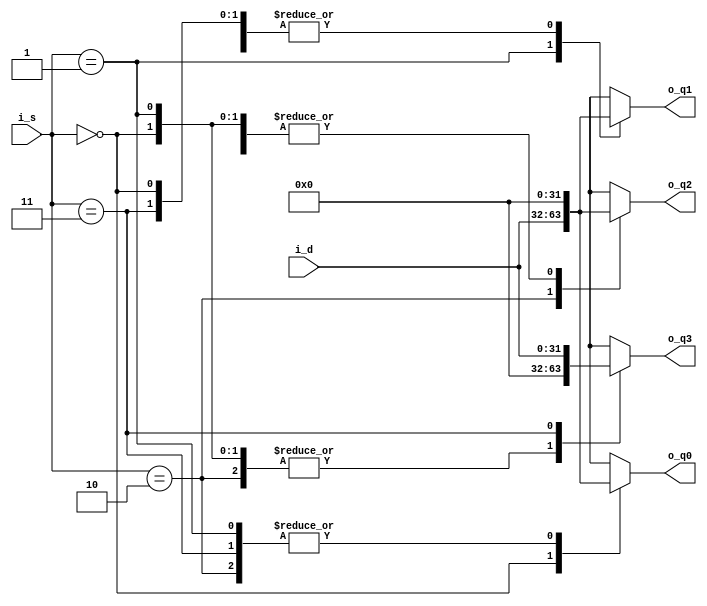

module demux1to4 #(parameter WIDTH = 32)
                 (output reg [WIDTH-1:0] o_q0, o_q1, o_q2, o_q3,
                  input wire [1:0]       i_s,
                  input wire [WIDTH-1:0] i_d);

always @(i_d, i_s)
begin
	o_q0 = {WIDTH{1'b0}};
	o_q1 = {WIDTH{1'b0}};
	o_q2 = {WIDTH{1'b0}};
	o_q3 = {WIDTH{1'b0}};

	case (i_s)
		2'b00: o_q0 = i_d;
		2'b01: o_q1 = i_d;
		2'b10: o_q2 = i_d;
		2'b11: o_q3 = i_d;
	endcase
end

endmodule